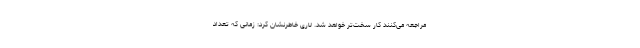
مراجعه می‌کنند کار سخت‌تر خواهد شد. لاری خاطرنشان کرد: زمانی که تعداد